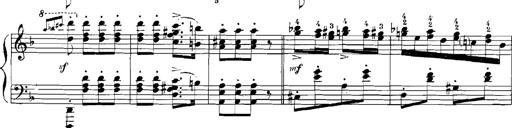
Title: Rhapsodies hongroises
Composer: Franz Liszt